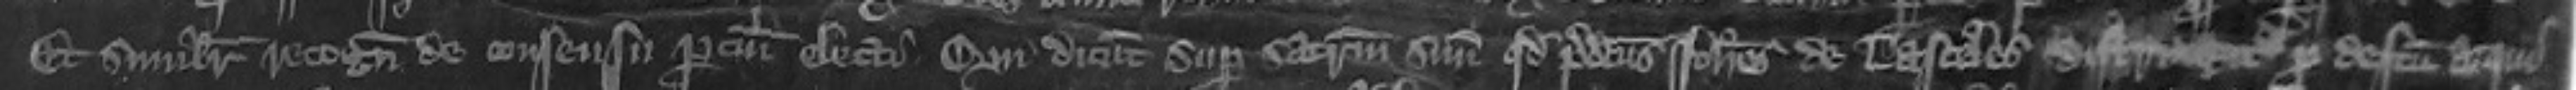
Et similiter recognitores de consensu partium electi qui dicunt super sacramentum suum quod predictus Johannes de Lasceles distringitur pro defectu acqui